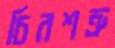
চিরশত্রু